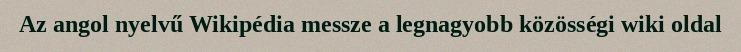
Az angol nyelvű Wikipédia messze a legnagyobb közösségi wiki oldal